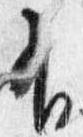
有